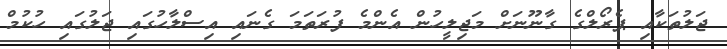
ޖަލުތަކާއި ޕެރޯލްގެ ގާނޫނަށް މަޖިލީހުން އެންމެ ފުރަތަމަ ގެނައި އިސްލާހުގައި ޖަލުގައި ހުކުމް